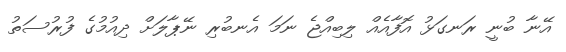
އޭނާ ބުނީ ރަނގަޅު އޮފާއެއް ލިބިއްޖެ ނަމަ އެނބުރި ނޭޕާލަށް ދިއުމުގެ ފުރުސަތު